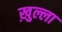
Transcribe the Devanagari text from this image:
ख़ुल्ला